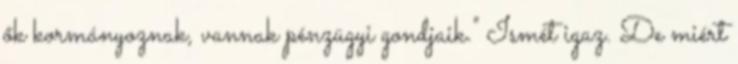
ők kormányoznak, vannak pénzügyi gondjaik." Ismét igaz. De miért